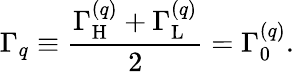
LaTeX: \Gamma_{q}\equiv\frac{\Gamma_{\mathrm{H}}^{(q)}+\Gamma_{\mathrm{L}}^{(q)}}{2}=\Gamma_{0}^{(q)}.